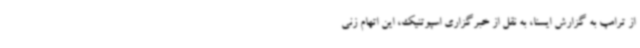
از ترامپ به گزارش ایسنا، به نقل از خبرگزاری اسپوتنیک، این اتهام زنی